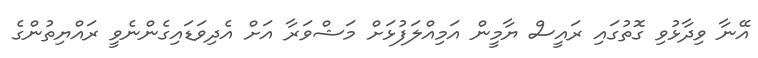
އޭނާ ވިދާޅުވި ގޮތުގައި ރައީސް ޔާމީން އަމިއްލަފުޅަށް މަޝްވަރާ އަށް އެދިވަޑައިގެންނެވީ ރައްޔިތުންގެ